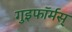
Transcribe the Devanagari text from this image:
गुइफॉर्मस्